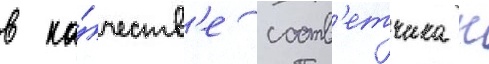
в ка́честв'е соотв'етчика к